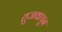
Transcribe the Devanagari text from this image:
तुजवाचून